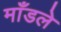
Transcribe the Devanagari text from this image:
माँडले